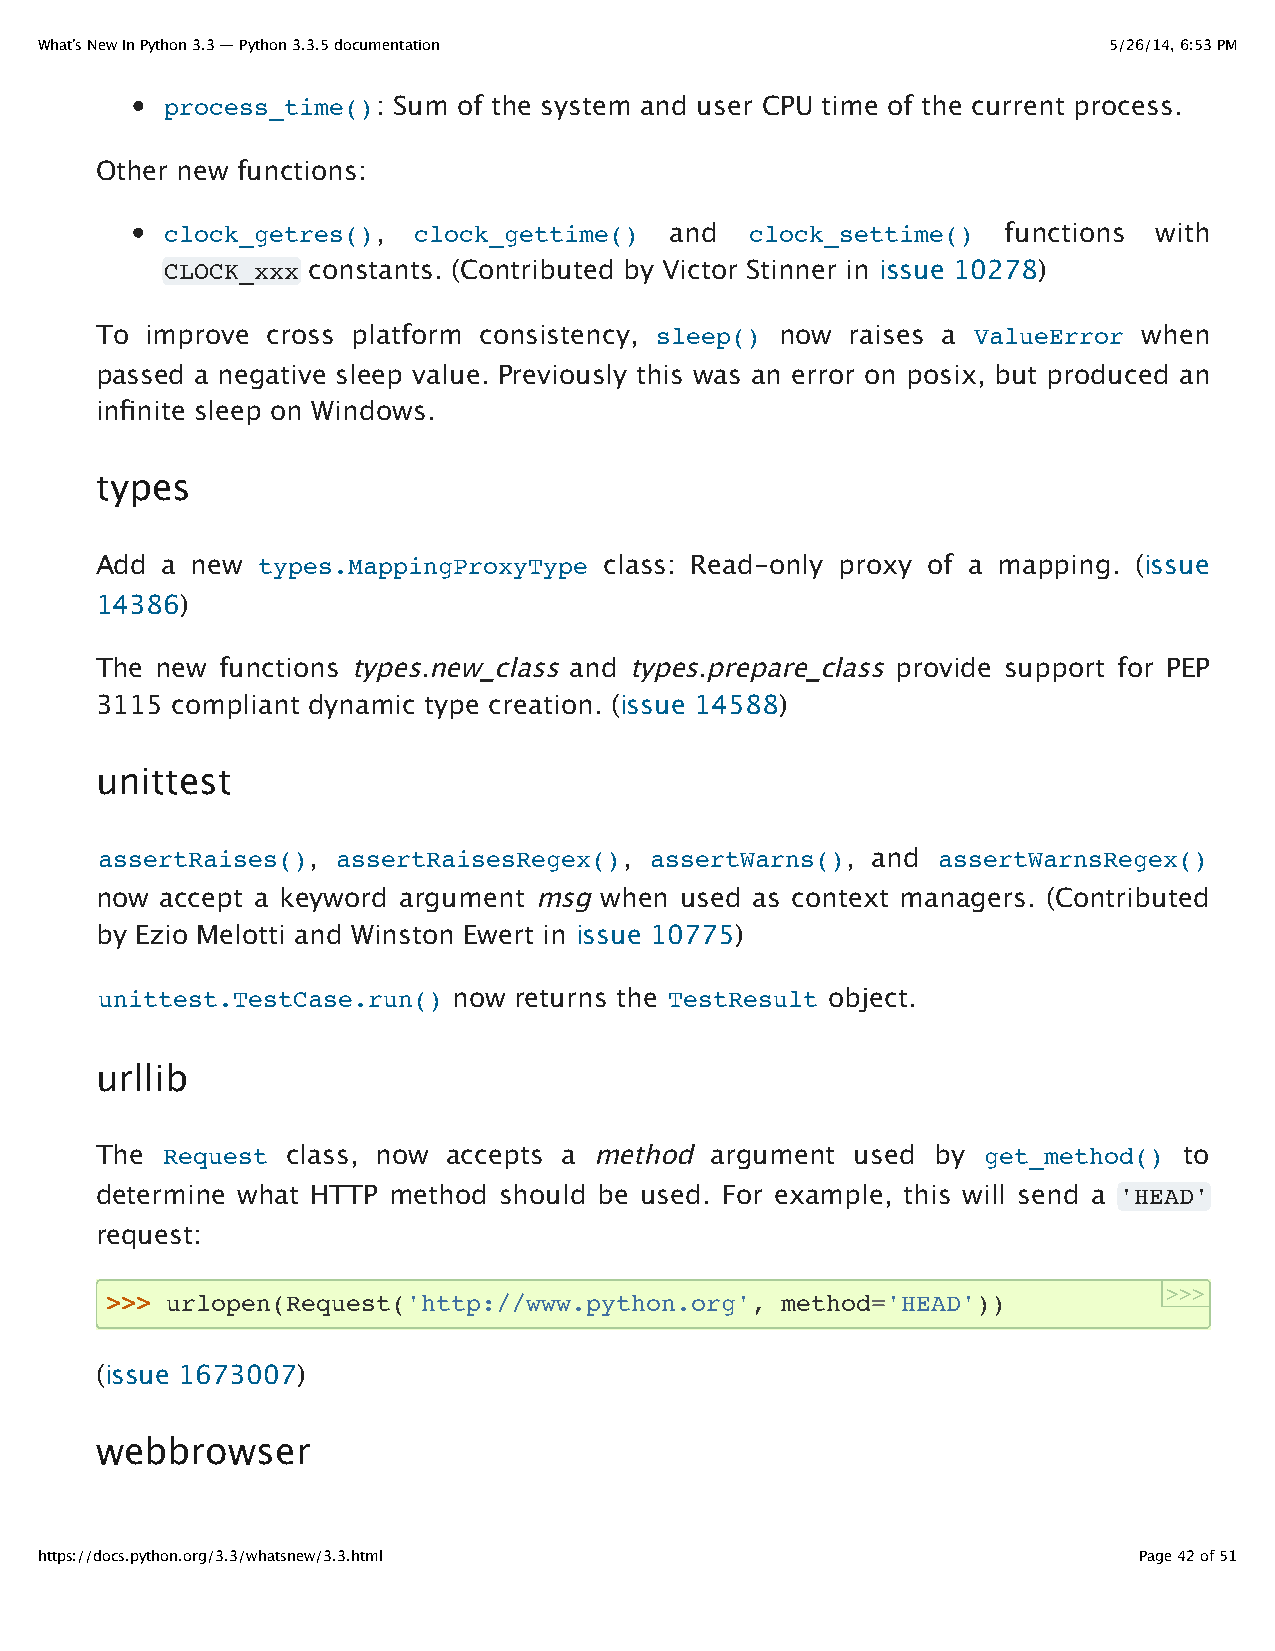
What’s New In Python 3.3 — Python 3.3.5 documentation                  5/26/14, 6:53 PM
 process_time(): Sum of the system and user CPU time of the current process.
 Other new functions:
 clock_getres(), clock_gettime()  and   clock_settime()  functions with
 CLOCK_xxx constants. (Contributed by Victor Stinner in issue 10278)
 To  improve cross platform consistency, sleep() now raises a ValueError when
 passed a negative sleep value. Previously this was an error on posix, but produced an
 infinite sleep on Windows.
 types
 Add  a new types.MappingProxyType class: Read-only proxy of a mapping. (issue
 14386)
 The new  functions types.new_class and types.prepare_class provide support for PEP
 3115 compliant dynamic type creation. (issue 14588)
 unittest
 assertRaises(), assertRaisesRegex(), assertWarns(), and assertWarnsRegex()
 now  accept a keyword argument msg when used as context managers. (Contributed
 by Ezio Melotti and Winston Ewert in issue 10775)
 unittest.TestCase.run() now returns the TestResult object.
 urllib
 The  Request class, now accepts a method argument  used by get_method() to
 determine what HTTP method should be used. For example, this will send a 'HEAD'
 request:
 >>>
 >>> urlopen(Request('http://www.python.org', method='HEAD'))
 (issue 1673007)
 webbrowser
 https://docs.python.org/3.3/whatsnew/3.3.html                            Page 42 of 51